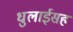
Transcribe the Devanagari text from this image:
धुलाईसह